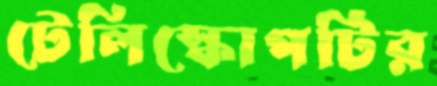
টেলিস্কোপটির